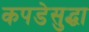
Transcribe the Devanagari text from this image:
कपडेसुद्धा